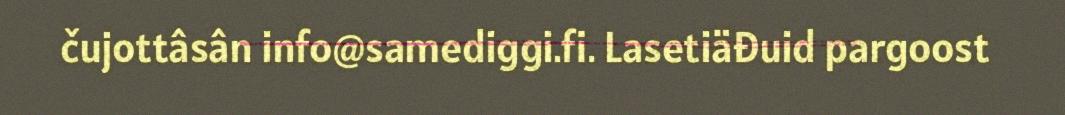
čujottâsân info@samediggi.fi. Lasetiäđuid pargoost